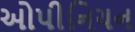
ઓપીનિયન